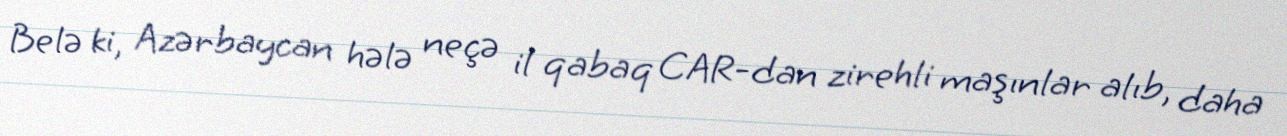
Belə ki, Azərbaycan hələ neçə il qabaq CAR-dan zirehli maşınlar alıb, daha